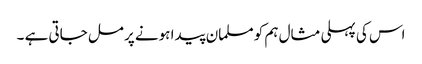
اس کی پہلی مثال ہم کو مسلمان پیدا ہونے پر مل جاتی ہے ۔